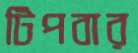
টিপবার